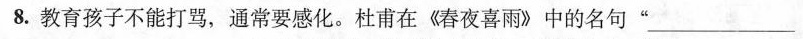
8.教育孩子不能打骂，通常要感化。杜甫在《春夜喜雨》中的名句”___